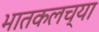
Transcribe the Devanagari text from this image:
भातकलच्या